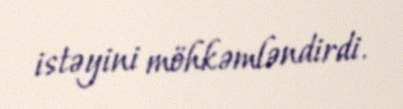
istəyini möhkəmləndirdi.